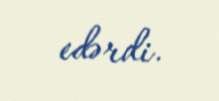
edərdi.